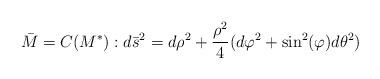
LaTeX: \begin{align*}\bar{M}=C(M^{\ast}):d\bar{s}^{2}=d\rho^{2}+\frac{\rho^{2}}{4}(d\varphi^{2}+\sin^{2}(\varphi)d\theta^{2}) \end{align*}